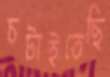
চটাইতেছি